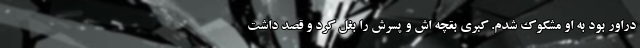
دراور بود به او مشکوک شدم. کبری بقچه اش و پسرش را بغل کرد و قصد داشت